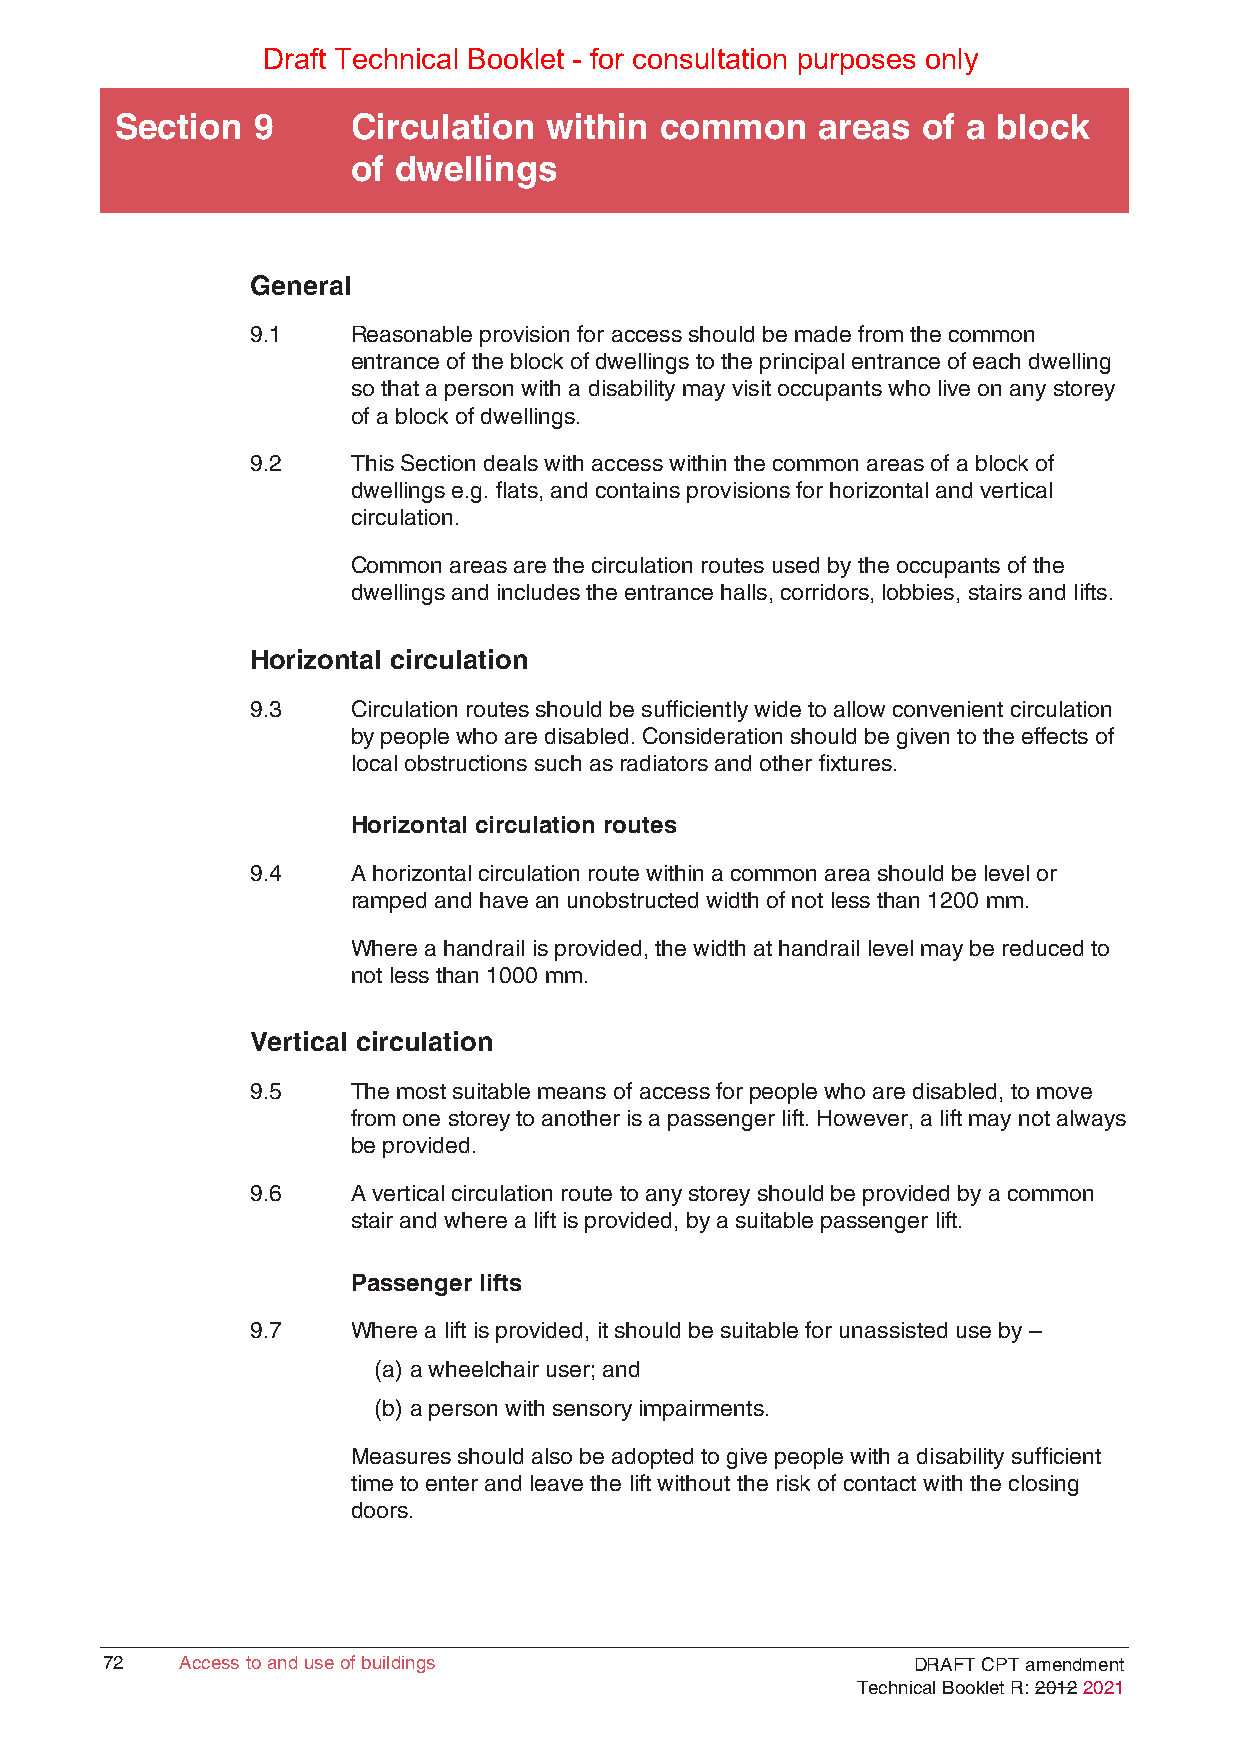
Draft Technical Booklet - for consultation purposes only
 Section  9     Circulation  within  common    areas  of a block
 of dwellings
 General
 9.1   Reasonable provision for access should be made from the common
 entrance of the block of dwellings to the principal entrance of each dwelling
 so that a person with a disability may visit occupants who live on any storey
 of a block of dwellings.
 9.2   This Section deals with access within the common areas of a block of
 dwellings e.g. flats, and contains provisions for horizontal and vertical
 circulation.
 Common areas are the circulation routes used by the occupants of the
 dwellings and includes the entrance halls, corridors, lobbies, stairs and lifts.
 Horizontal circulation
 9.3   Circulation routes should be sufficiently wide to allow convenient circulation
 by people who are disabled. Consideration should be given to the effects of
 local obstructions such as radiators and other fixtures.
 Horizontal circulation routes
 9.4   A horizontal circulation route within a common area should be level or
 ramped and have an unobstructed width of not less than 1200 mm.
 Where a handrail is provided, the width at handrail level may be reduced to
 not less than 1000 mm.
 Vertical circulation
 9.5   The most suitable means of access for people who are disabled, to move
 from one storey to another is a passenger lift. However, a lift may not always
 be provided.
 9.6   A vertical circulation route to any storey should be provided by a common
 stair and where a lift is provided, by a suitable passenger lift.
 Passenger lifts
 9.7   Where a lift is provided, it should be suitable for unassisted use by –
 (a) a wheelchair user; and
 (b) a person with sensory impairments.
 Measures should also be adopted to give people with a disability sufficient
 time to enter and leave the lift without the risk of contact with the closing
 doors.
 72   Access to and use of buildings                  DRAFT CPT amendment
 Technical Booklet R: 2012 2021